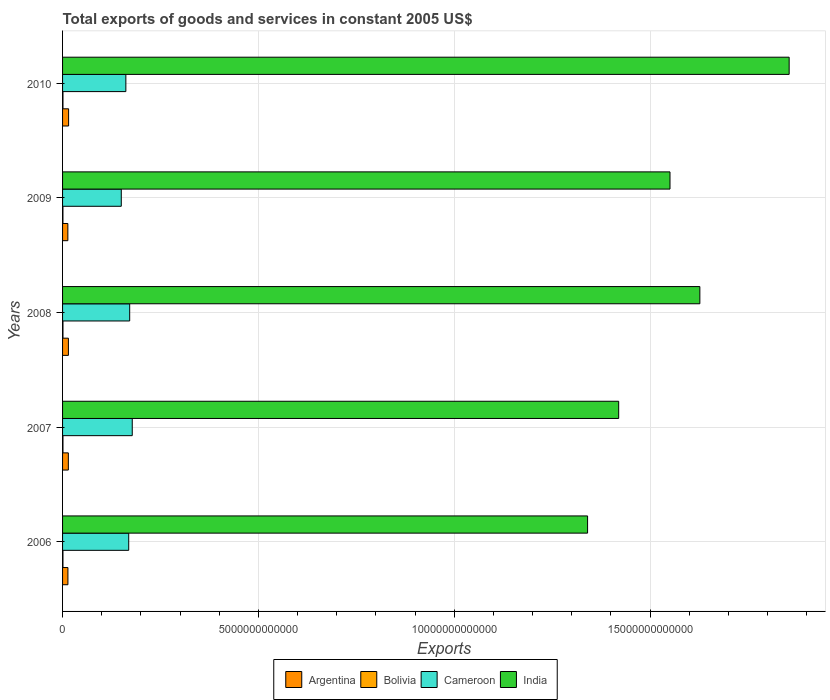
| Years | Argentina | Bolivia | Cameroon | India |
 | --- | --- | --- | --- | --- |
 | 2006 | 1.37e+11 | 9.92e+09 | 1.69e+12 | 1.34e+13 |
 | 2007 | 1.48e+11 | 1.02e+10 | 1.78e+12 | 1.42e+13 |
 | 2008 | 1.49e+11 | 1.05e+10 | 1.71e+12 | 1.63e+13 |
 | 2009 | 1.35e+11 | 9.33e+09 | 1.5e+12 | 1.55e+13 |
 | 2010 | 1.54e+11 | 1.02e+10 | 1.62e+12 | 1.86e+13 |